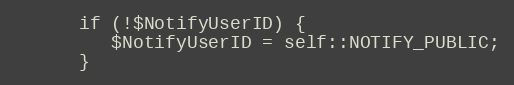
Language: PHP
      if (!$NotifyUserID) {
         $NotifyUserID = self::NOTIFY_PUBLIC;
      }